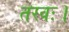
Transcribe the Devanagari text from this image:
तरवः।